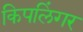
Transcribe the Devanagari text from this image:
किपलिंगर